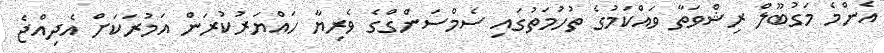
އެންމެ މަގުބޫލް ރިޝްވަތާ ވައްކަމުގެ ތުހުމަތުގައި ސެމްސަންގްގެ ވެރިޔާ ހައްޔަރުކުރަން އަމުރަކަށް އެދިއްޖެ